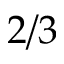
2 / 3